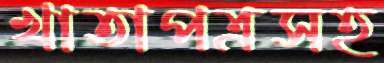
খাতাপত্রসহ